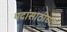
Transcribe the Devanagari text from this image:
पदांसाठीच्या